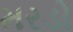
મરડો